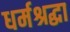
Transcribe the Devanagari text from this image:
धर्मश्रद्धा